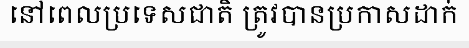
នៅពេលប្រទេសជាតិ ត្រូវបានប្រកាសដាក់